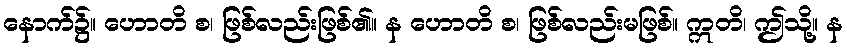
နောက်၌။ ဟောတိ စ၊ ဖြစ်လည်းဖြစ်၏။ န ဟောတိ စ၊ ဖြစ်လည်းမဖြစ်။ ဣတိ၊ ဤသို့။ န